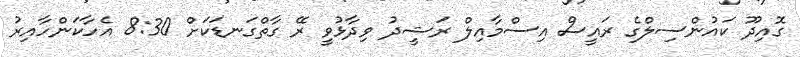
ގޮއިދޫ ކައުންސިލްގެ ރައީސް އިސްމާއިލް ރަޝީދު ވިދާޅުވީ ރޭ ގާތްގަނޑަކަށް 8:30 އެހާކަންހާއިރު